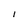
Character: I